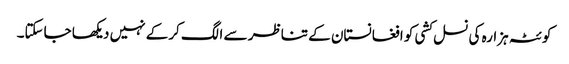
کوئٹہ ہزارہ کی نسل کشی کو افغانستان کے تناظر سے الگ کرکے نہیں دیکھا جاسکتا۔